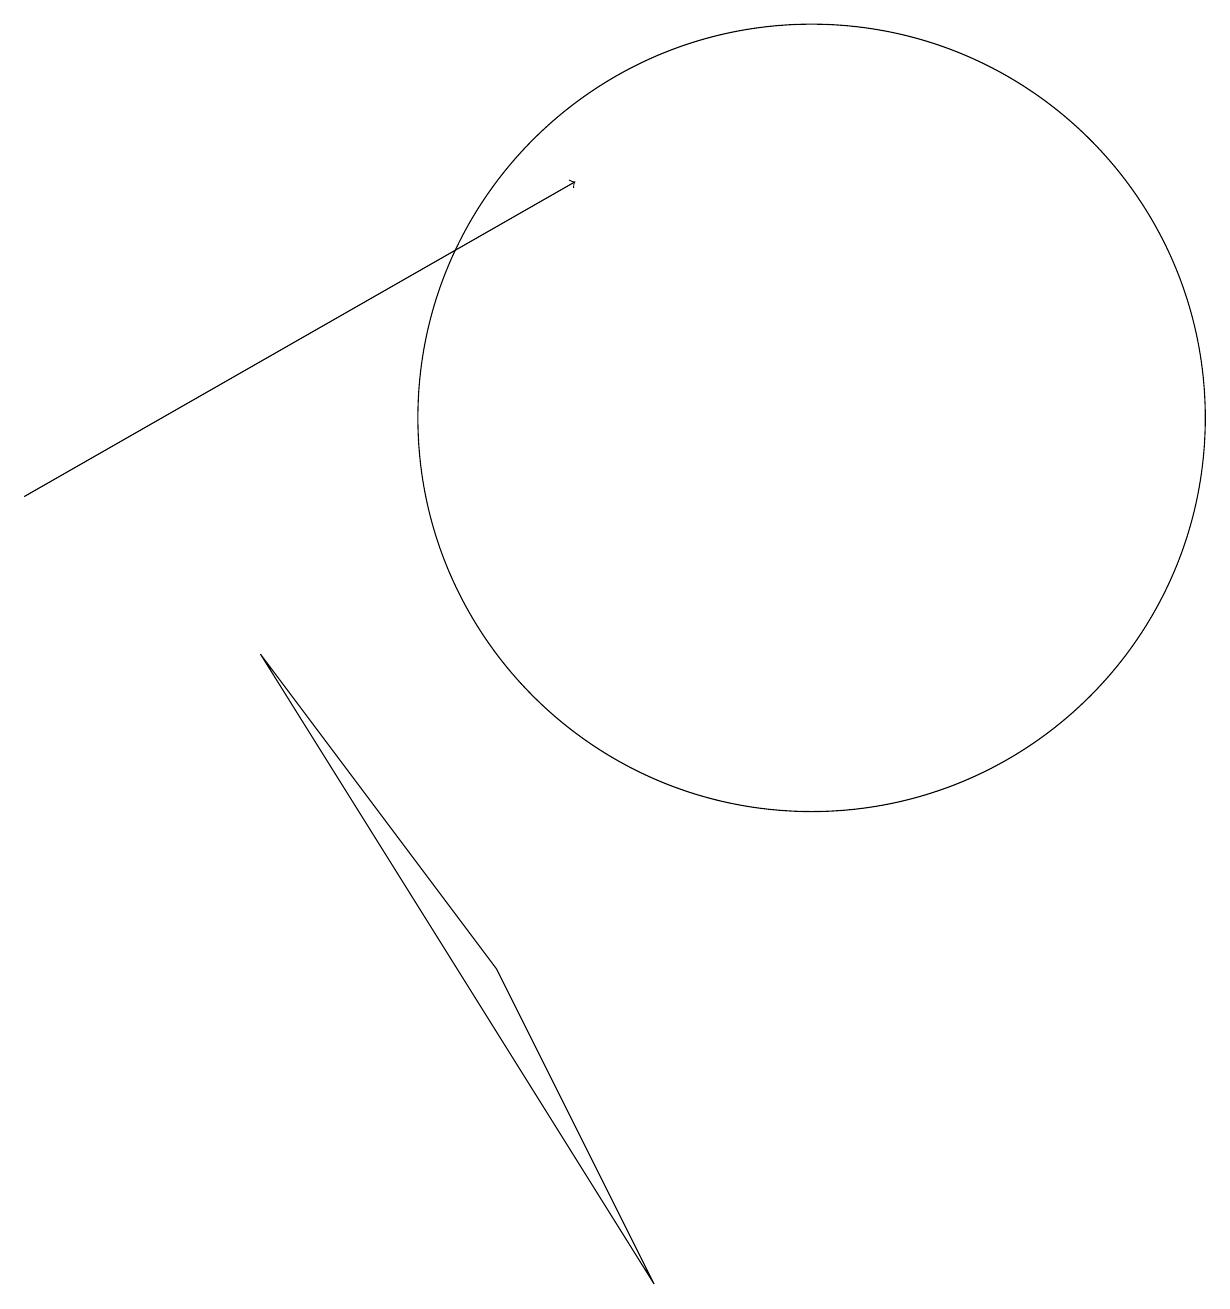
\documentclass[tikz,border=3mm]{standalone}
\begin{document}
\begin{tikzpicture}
\draw (8,1) -- (6,5) -- (3,9) -- cycle;
\draw (10,12) circle (5);
\draw[->] (0,11) -- (7,15);
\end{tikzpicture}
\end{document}